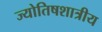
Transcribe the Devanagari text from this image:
ज्योतिषशात्रीय